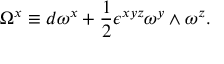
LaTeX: \Omega ^ { x } \equiv d \omega ^ { x } + { \frac { 1 } { 2 } } \epsilon ^ { x y z } \omega ^ { y } \wedge \omega ^ { z } .